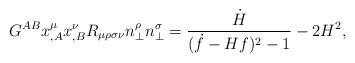
LaTeX: \begin{align*}G^{AB}x^\mu_{,A}x^\nu_{,B}R_{\mu\rho\sigma\nu}n^\rho_\perp n^\sigma_\perp=\frac{\dot{H}}{(\dot{f}-Hf)^2-1}-2H^2,\end{align*}